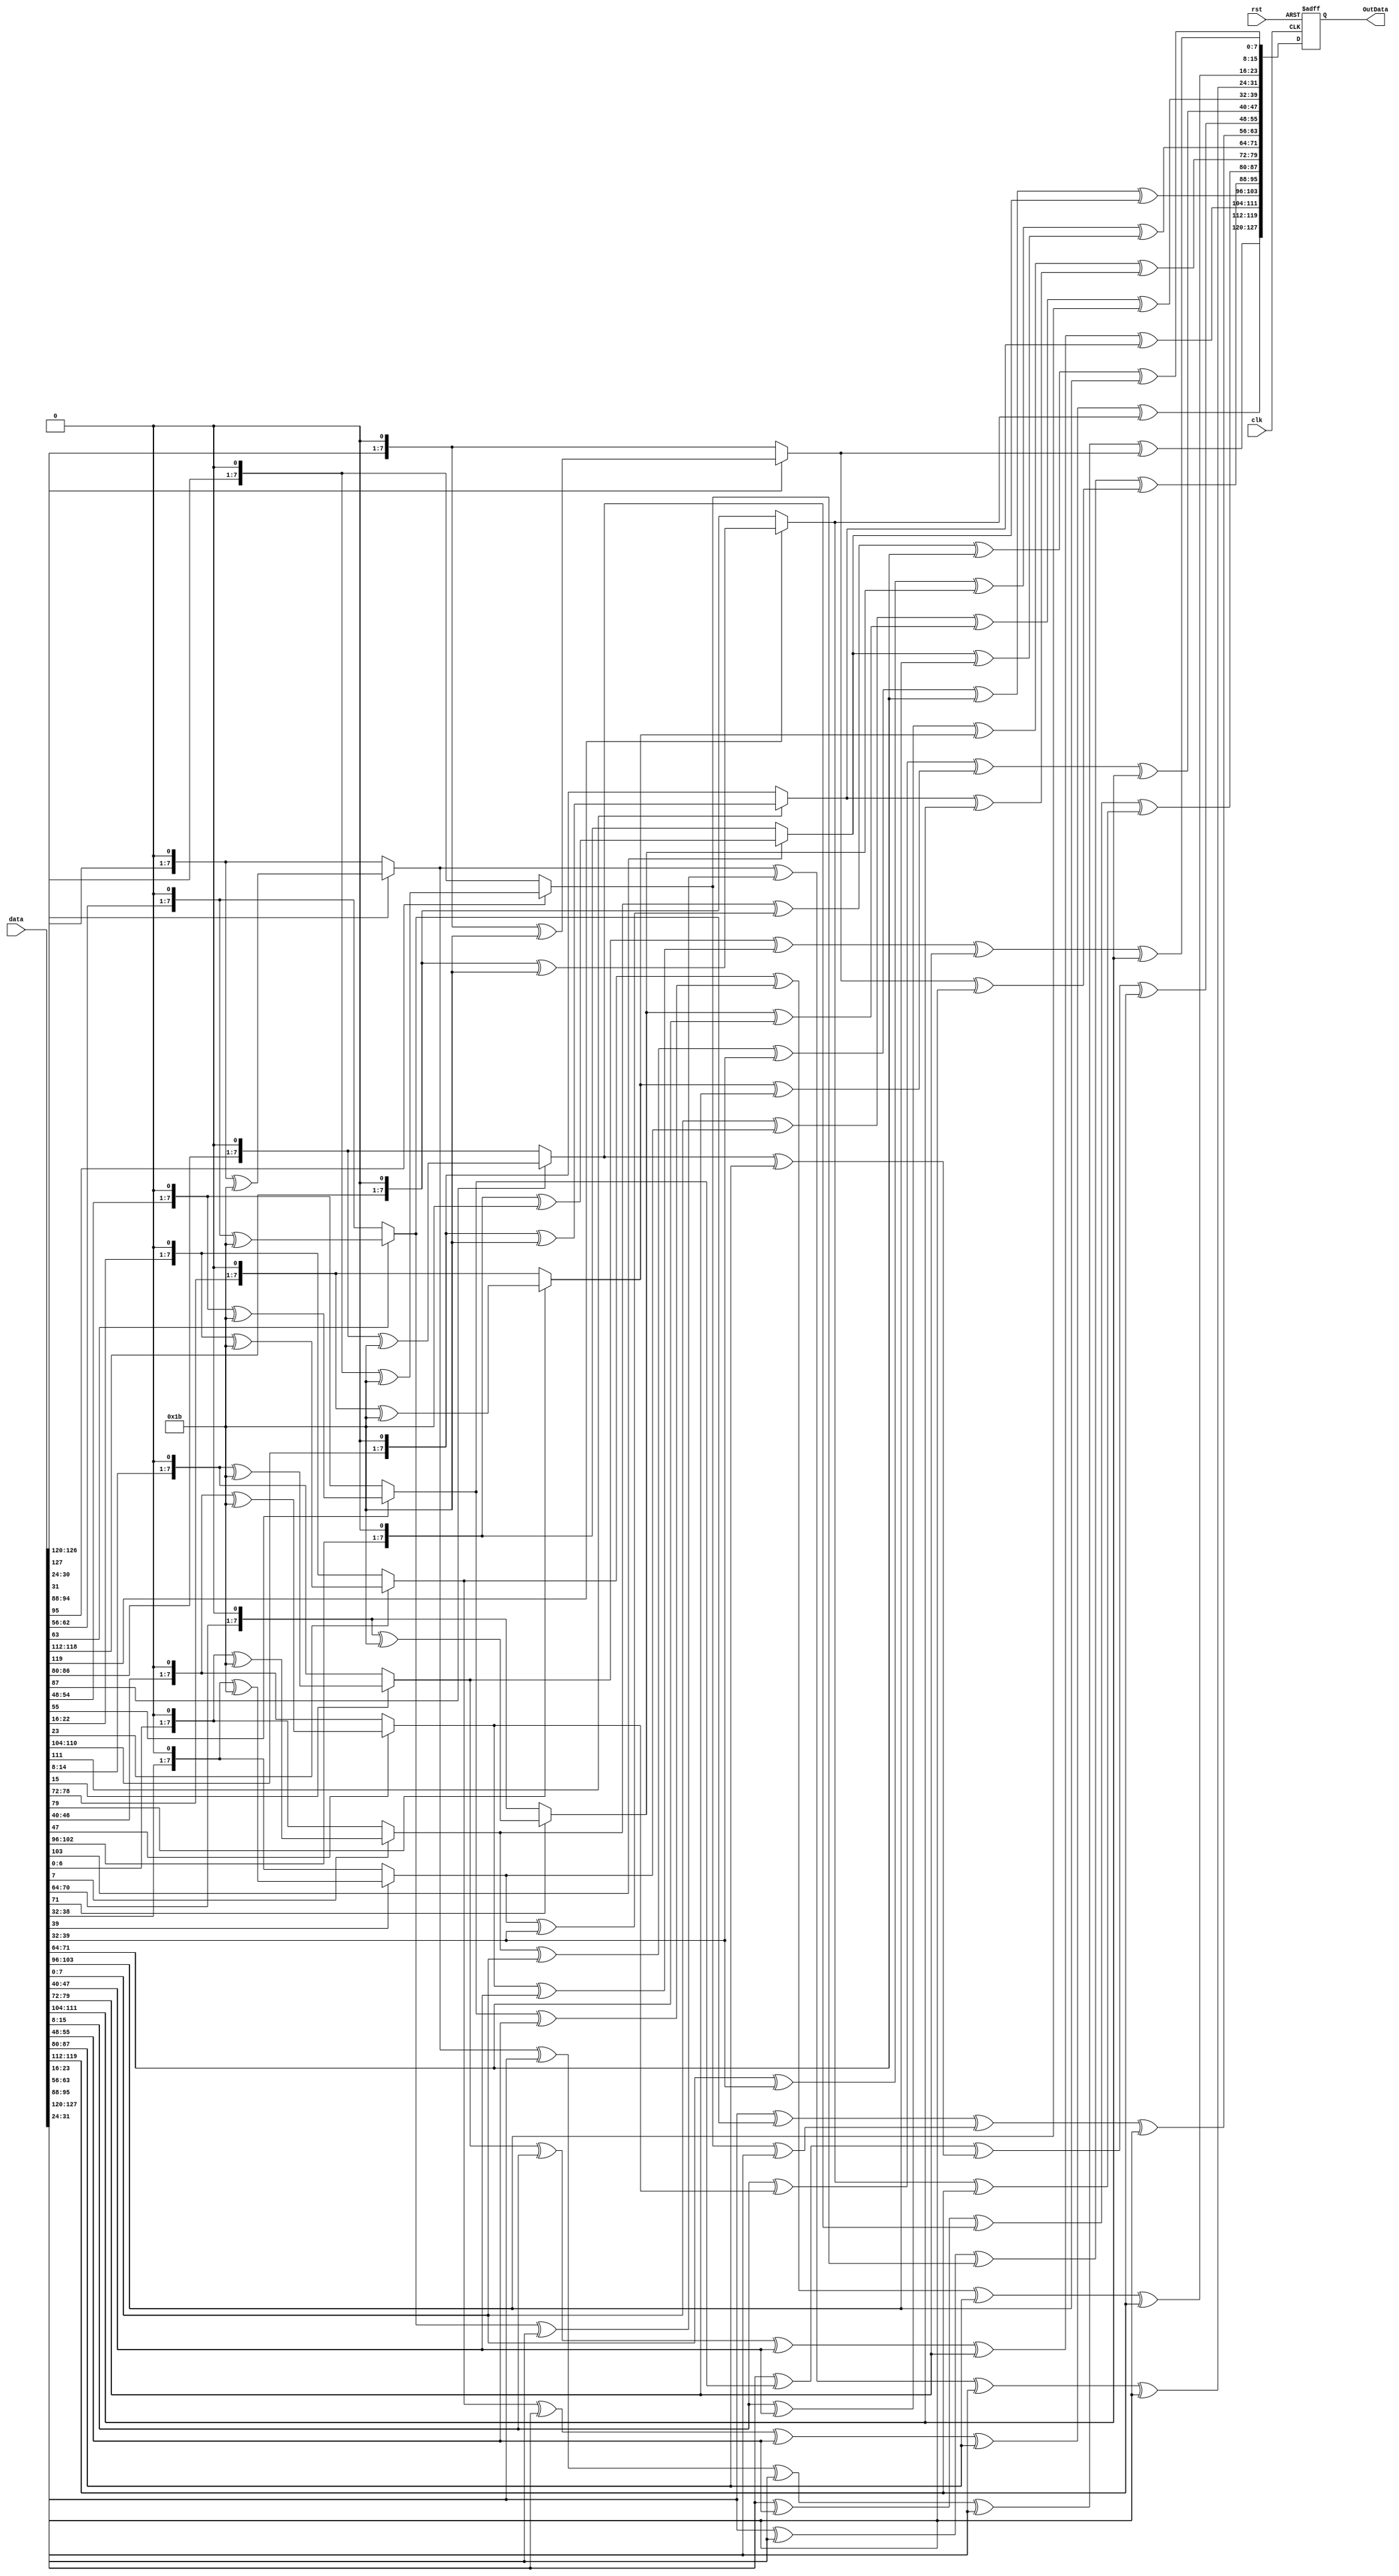

module MixColumns(clk,rst,data,OutData);
input          clk,rst;
input  [127:0] data;
output reg [127:0] OutData;

function [7:0] multiplyby2;
input [7:0] x;
 begin 
  if(x[7]==1) 
        multiplyby2=((x<<1)^8'b00011011);
  else    
        multiplyby2= x<<1;
 end
endfunction

function [7:0] multiplyby3;
input [7:0] x;
 begin 
   multiplyby3=multiplyby2(x)^x;
 end
endfunction

wire [127:0] comb_data;
genvar i;
generate
 for(i=0;i<4;i=i+1)
 begin 
   assign comb_data[i*8+7:i*8]=multiplyby2(data[i*8+7:i*8]) ^ multiplyby3(data[(4+i)*8+7:(4+i)*8]) ^ data[(8+i)*8+7:(8+i)*8] ^data[(12+i)*8+7:(12+i)*8] ;
   assign comb_data[(4+i)*8+7:(4+i)*8]=data[i*8+7:i*8] ^ multiplyby2(data[(4+i)*8+7:(4+i)*8]) ^  multiplyby3(data[(8+i)*8+7:(8+i)*8]) ^  data[(12+i)*8+7:(12+i)*8] ;
   assign comb_data[(8+i)*8+7:(8+i)*8]=data[i*8+7:i*8] ^ data[(4+i)*8+7:(4+i)*8] ^ multiplyby2(data[(8+i)*8+7:(8+i)*8]) ^ multiplyby3(data[(12+i)*8+7:(12+i)*8]); 
   assign comb_data[(12+i)*8+7:(12+i)*8]=multiplyby3(data[i*8+7:i*8]) ^ data[(4+i)*8+7:(4+i)*8] ^ data[(8+i)*8+7:(8+i)*8] ^ multiplyby2(data[(12+i)*8+7:(12+i)*8]); 
 end
endgenerate

always@(posedge clk , negedge rst)
    begin 
        if(!rst)
            OutData<=0;
        else
            OutData<=comb_data;
    end

endmodule